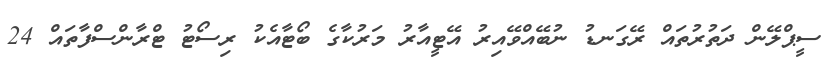
ސީޕްލޭން ދަތުރުތައް ރޭގަނޑު ނުބޭއްވޭއިރު އޭޓީއާރު މަރުކާގެ ބޯޓާއެކު ރިސޯޓު ޓްރާންސްފާތައް 24